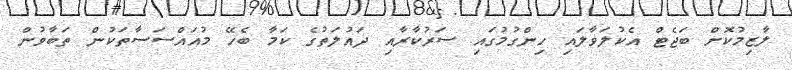
ލާޒިމުކޮށް ބަޖެޓް އެކުލަވާލައި ހިންގުމުގައި ސަރުކާރާއި ދައުލަތުގެ ކަމާ ބެހޭ މުއައްސަސާތަކުން ތަބާވުން